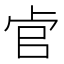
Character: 𱑖